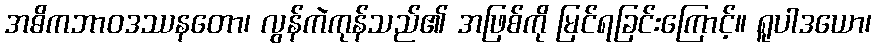
အဓိကဘာဝဒဿနတော၊ လွန်ကဲကုန်သည်၏ အဖြစ်ကို မြင်ရခြင်းကြောင့်။ ရူပါဒယော၊